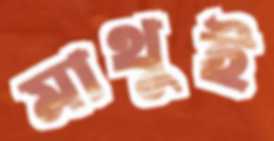
মাথুই